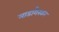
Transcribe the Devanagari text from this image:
माडागैस्कर